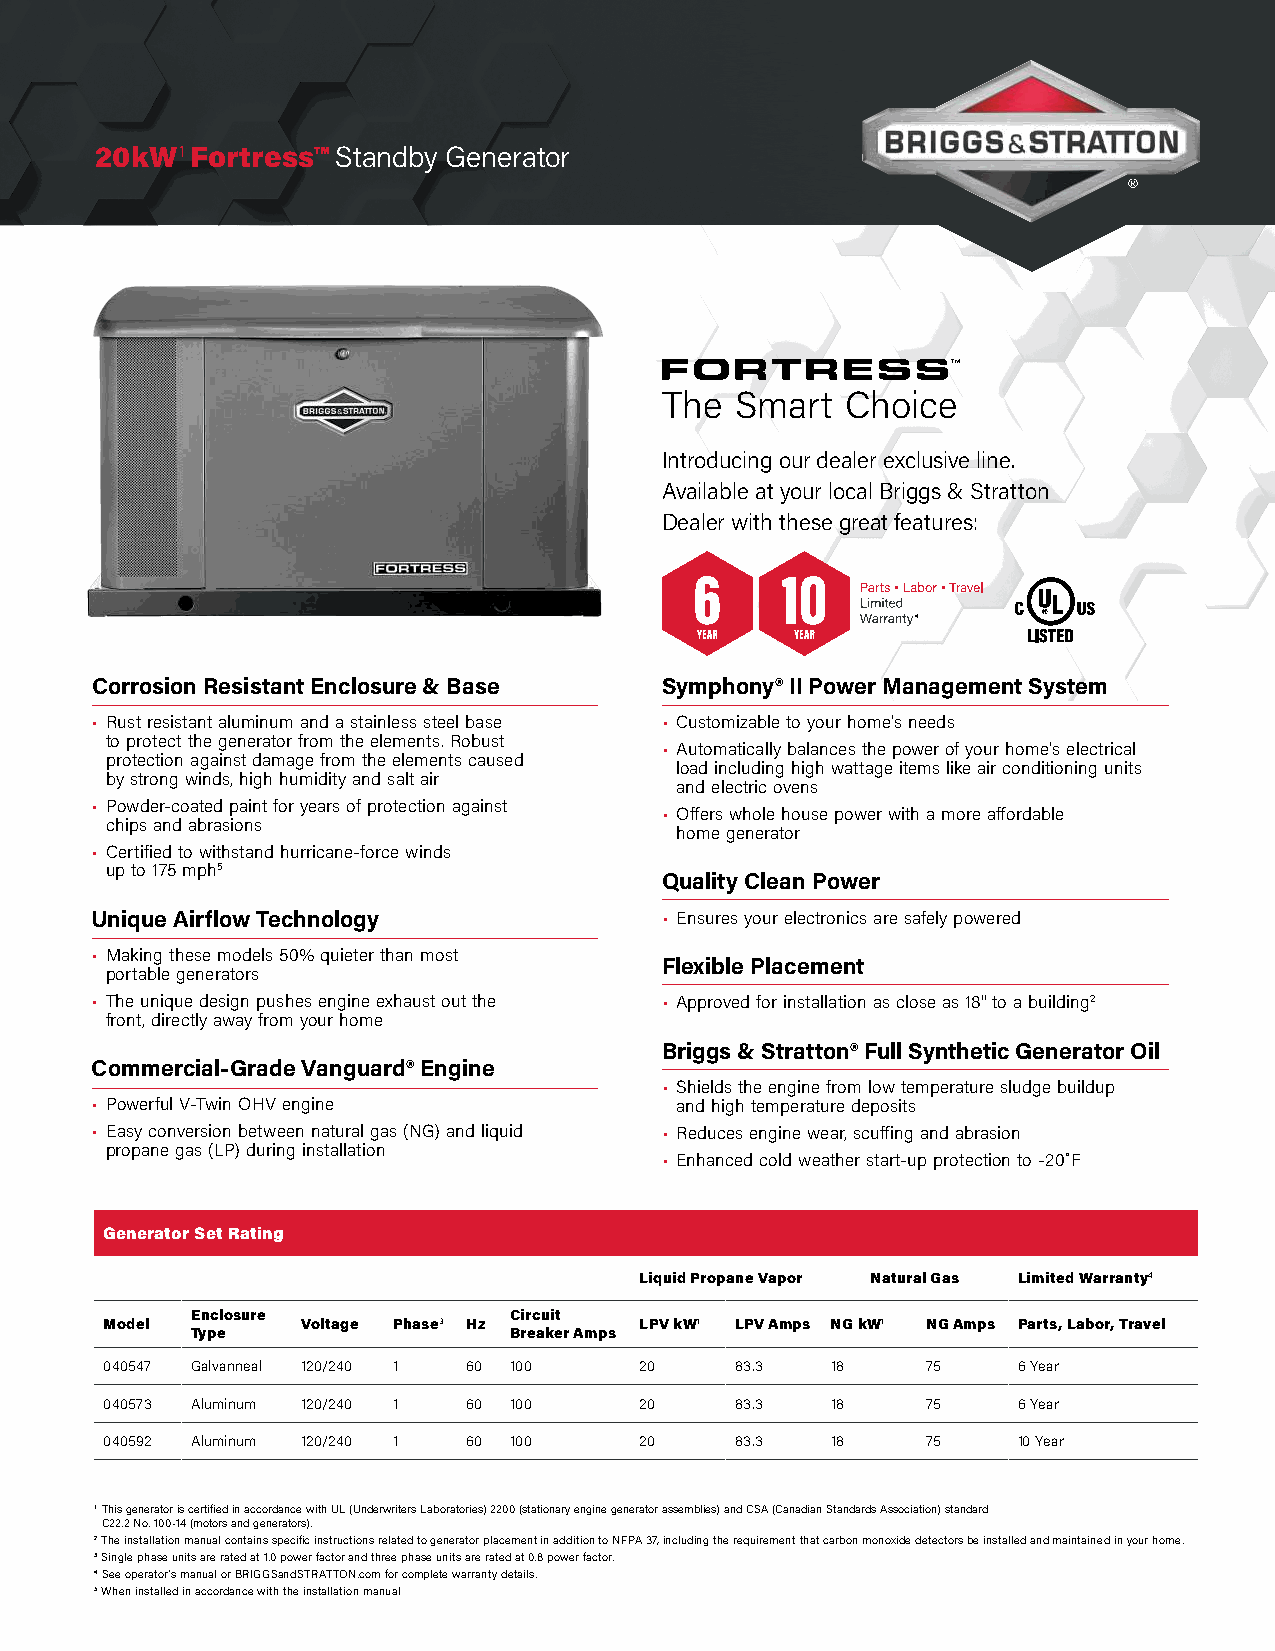
20kW1  Fortress™ Standby Generator
 The  Smart  Choice
 Introducing our dealer exclusive line.
 Available at your local Briggs & Stratton
 Dealer with these great features:
 4
 Corrosion Resistant Enclosure & Base  Symphony® II Power Management System
 • Rust resistant aluminum and a stainless steel base • Customizable to your home’s needs
 to protect the generator from the elements. Robust
 • Automatically balances the power of your home’s electrical
 protection against damage from the elements caused
 load including high wattage items like air conditioning units
 by strong winds, high humidity and salt air
 and electric ovens
 • Powder-coated paint for years of protection against
 • Offers whole house power with a more affordable
 chips and abrasions
 home generator
 • Certified to withstand hurricane-force winds
 up to 175 mph5
 Quality Clean Power
 Unique Airflow Technology             • Ensures your electronics are safely powered
 • Making these models 50% quieter than most
 Flexible Placement
 portable generators
 • The unique design pushes engine exhaust out the • Approved for installation as close as 18" to a building2
 front, directly away from your home
 Briggs & Stratton® Full Synthetic Generator Oil
 Commercial-Grade Vanguard® Engine
 • Shields the engine from low temperature sludge buildup
 • Powerful V-Twin OHV engine           and high temperature deposits
 • Easy conversion between natural gas (NG) and liquid • Reduces engine wear, scuffing and abrasion
 propane gas (LP) during installation
 • Enhanced cold weather start-up protection to -20˚F
 Generator Set Rating
 Liquid Propane Vapor Natural Gas Limited Warranty4
 Enclosure            Circuit
 Model        Voltage Phase3 Hz     LPV kW1 LPV Amps NG kW1 NG Amps Parts, Labor, Travel
 Type                 Breaker Amps
 040547 Galvanneal 120/240 1 60 100 20     83.3  18    75    6 Year
 040573 Aluminum 120/240 1 60 100   20     83.3  18    75    6 Year
 040592 Aluminum 120/240 1 60 100   20     83.3  18    75    10 Year
 1 This generator is certified in accordance with UL (Underwriters Laboratories) 2200 (stationary engine generator assemblies) and CSA (Canadian Standards Association) standard
 C22.2 No. 100-14 (motors and generators).
 2 The installation manual contains specific instructions related to generator placement in addition to NFPA 37, including the requirement that carbon monoxide detectors be installed and maintained in your home.
 3 Single phase units are rated at 1.0 power factor and three phase units are rated at 0.8 power factor.
 4 See operator’s manual or BRIGGSandSTRATTON.com for complete warranty details.
 5 When installed in accordance with the installation manual